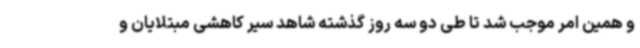
و همین امر موجب شد تا طی دو سه روز گذشته شاهد سیر کاهشی مبتلایان و